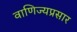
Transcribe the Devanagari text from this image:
वाणिज्यप्रसार